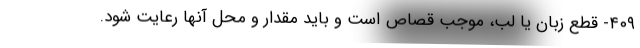
۴۰۹- قطع زبان یا لب، موجب قصاص است و باید مقدار و محل آنها رعایت شود.